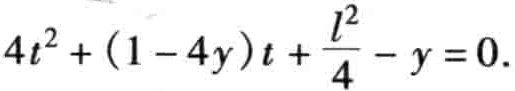
\(4t^{2}+(1 - 4y)t+\frac{l^{2}}{4}-y = 0.\)